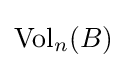
\operatorname {Vol} _{n}(B)